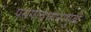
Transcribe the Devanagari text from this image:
प्रसंगावधानामुळे